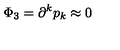
\Phi _ { 3 } = \partial ^ { k } p _ { k } \approx 0